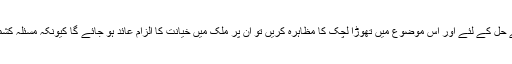
اگر ہندوستان یا پاکستان کی سیاسی جماعتیں مسئلہ کشمیر کے حل کے لئے اور اس موضوع میں تھوڑا لچک کا مظاہرہ کریں تو ان پر ملک میں خیانت کا الزام عائد ہو جائے گا کیونکہ مسئلہ کشمیر تمام سیاسی جماعتوں کے لئے ڈیڈ لائن سمجھی جاتی ہے۔